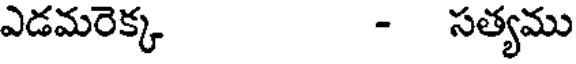
ఎడమరెక్క - సత్యము